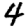
Digit: 4